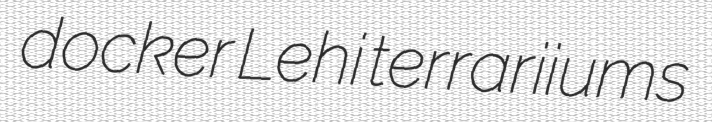
docker Lehi terrariiums